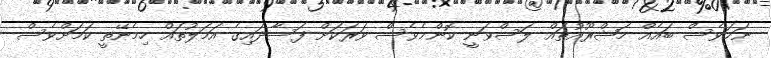
ނަމަވެސް ބައެއް މަޝްރޫއުތައް ލަސްވަނީ ކޮންމެވެސް ވަރަކަށް ފަސާދައިގެ އަމަލުތައް ހިމެނޭތީ ކަމަށްވެސް